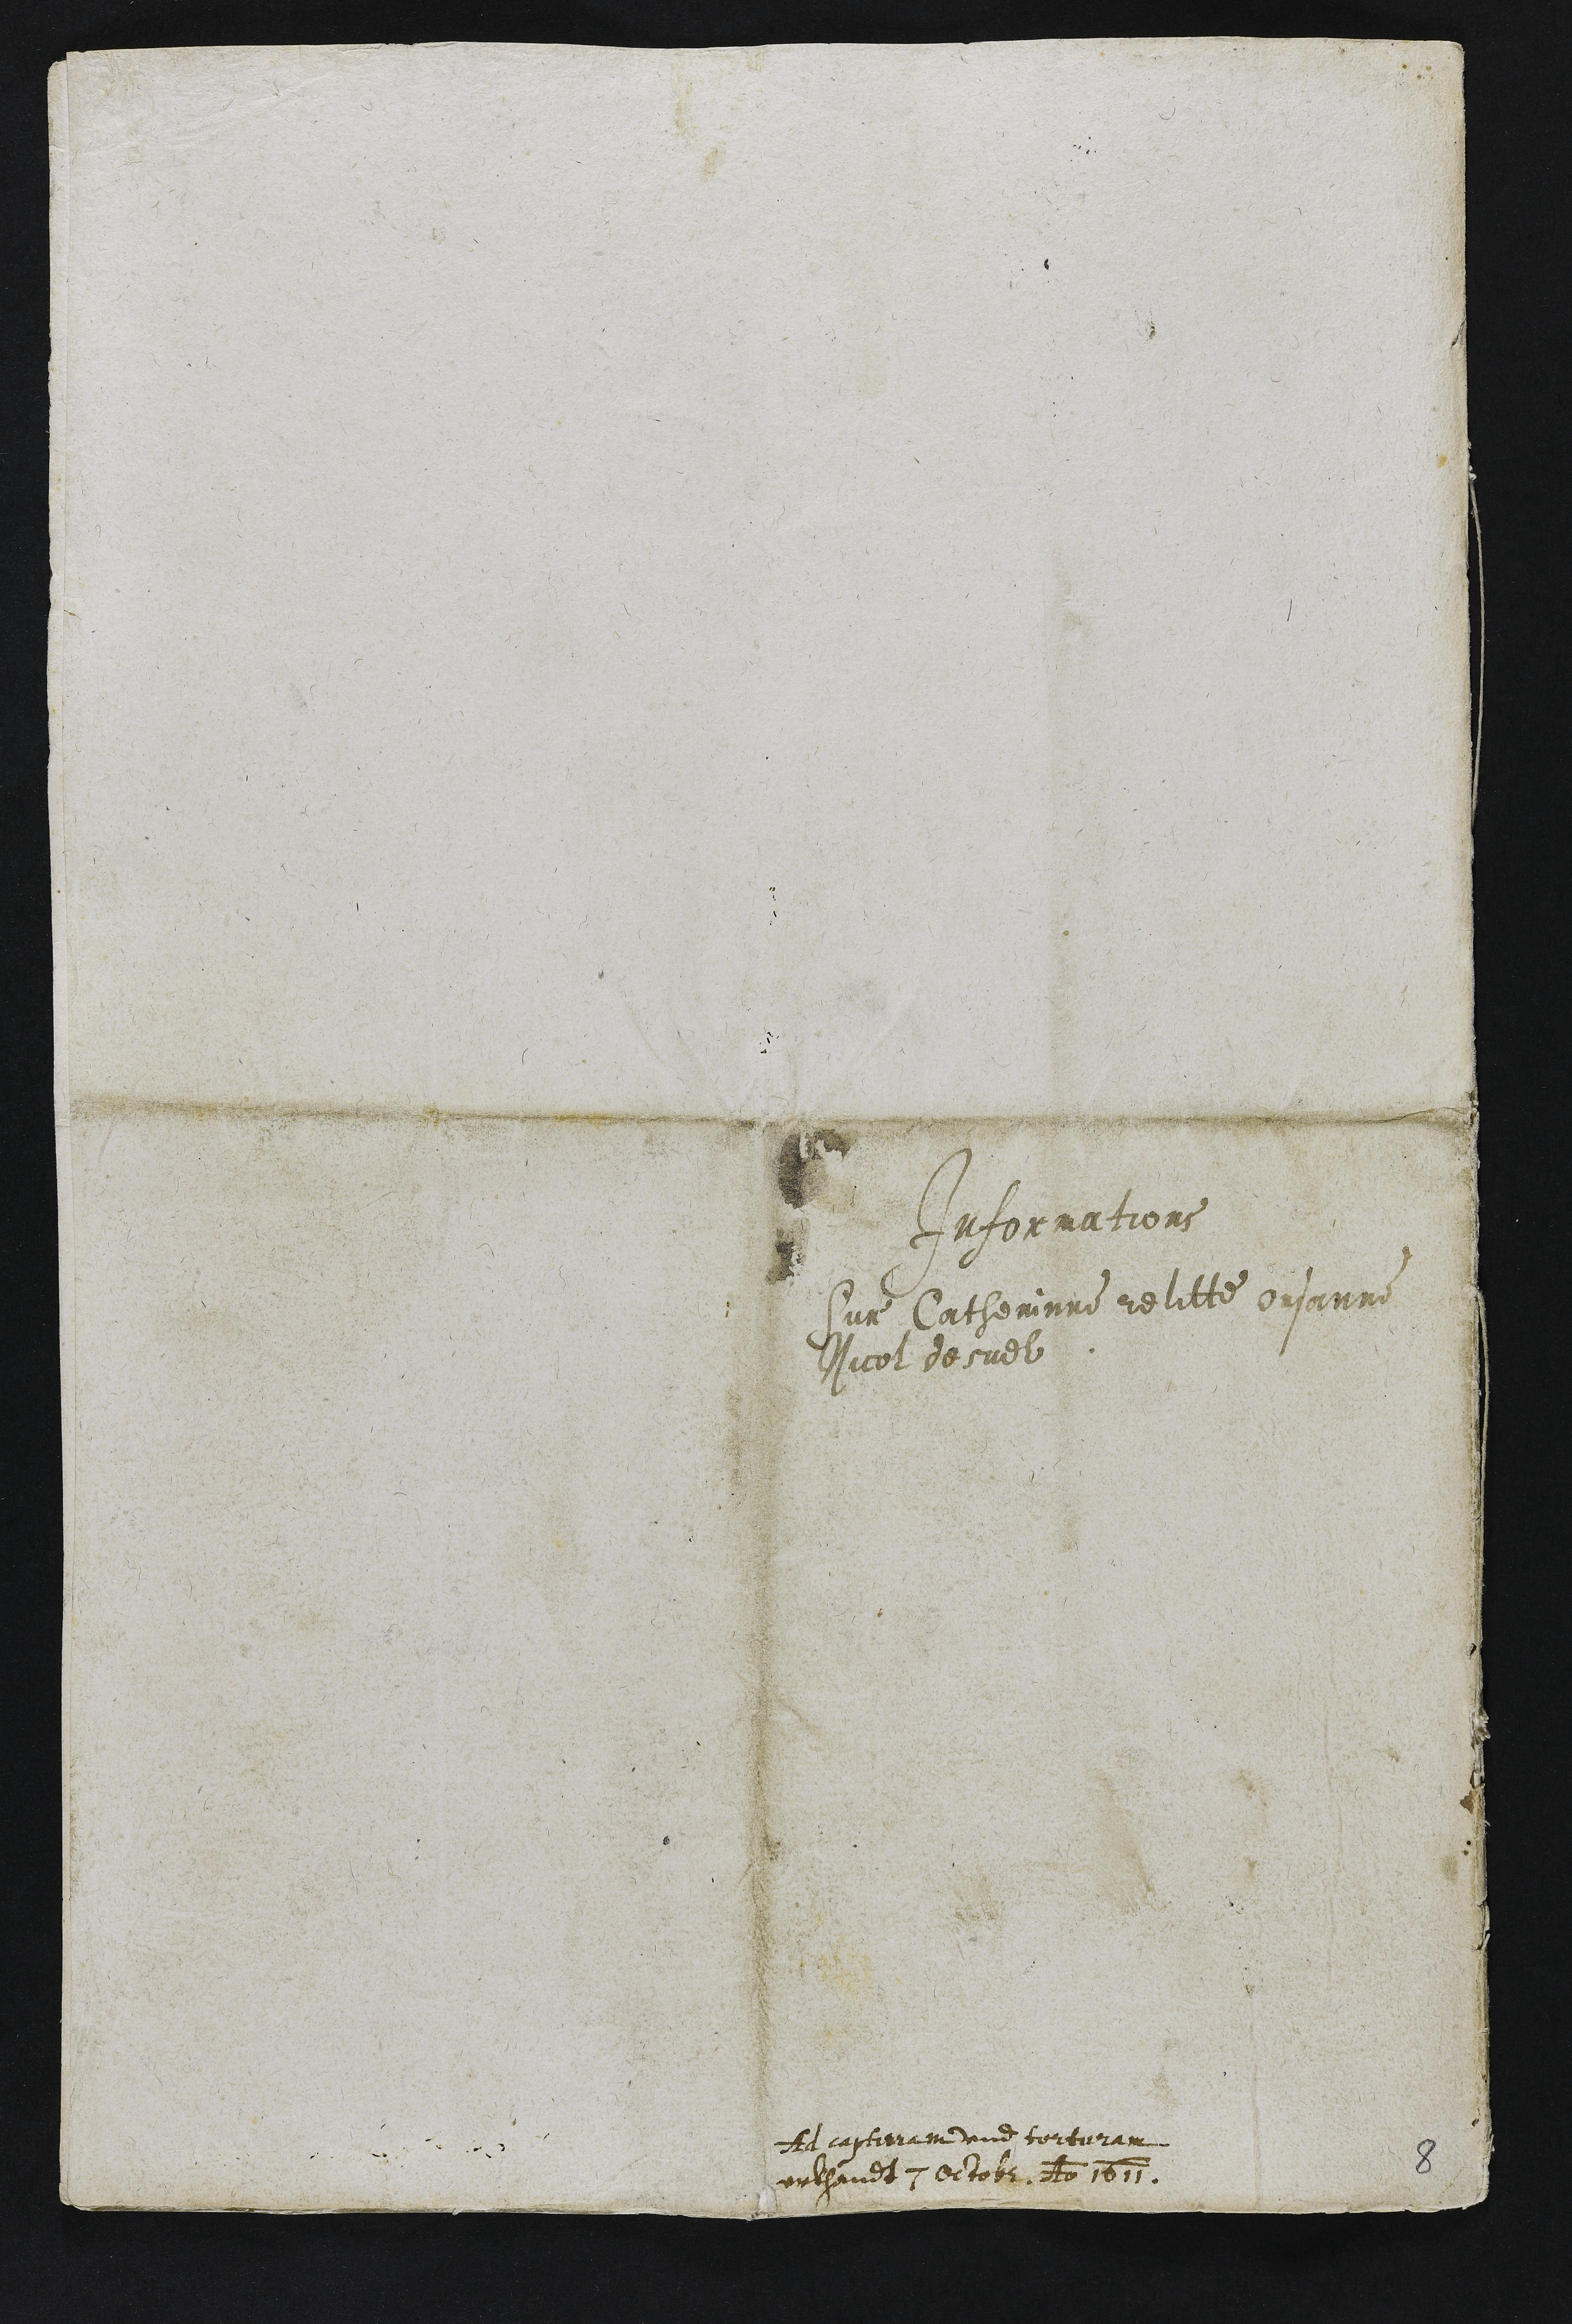
Informations
Sur Catherinne relitte Orsanne
Nicol desuel

Ad capturam und torturam
erkhandt 7 Octobris Anno 1611.

8